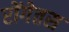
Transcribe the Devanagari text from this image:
रोंगेतस